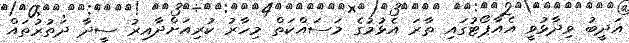
އަދީބު ވިދާޅުވީ އެއާޕޯޓުގައި ތާރަ އެޅުމުގެ މަސައްކަތް މިހާރު ކުރިއަށްދާއިރު ސީދާ ދަތުރުތައް